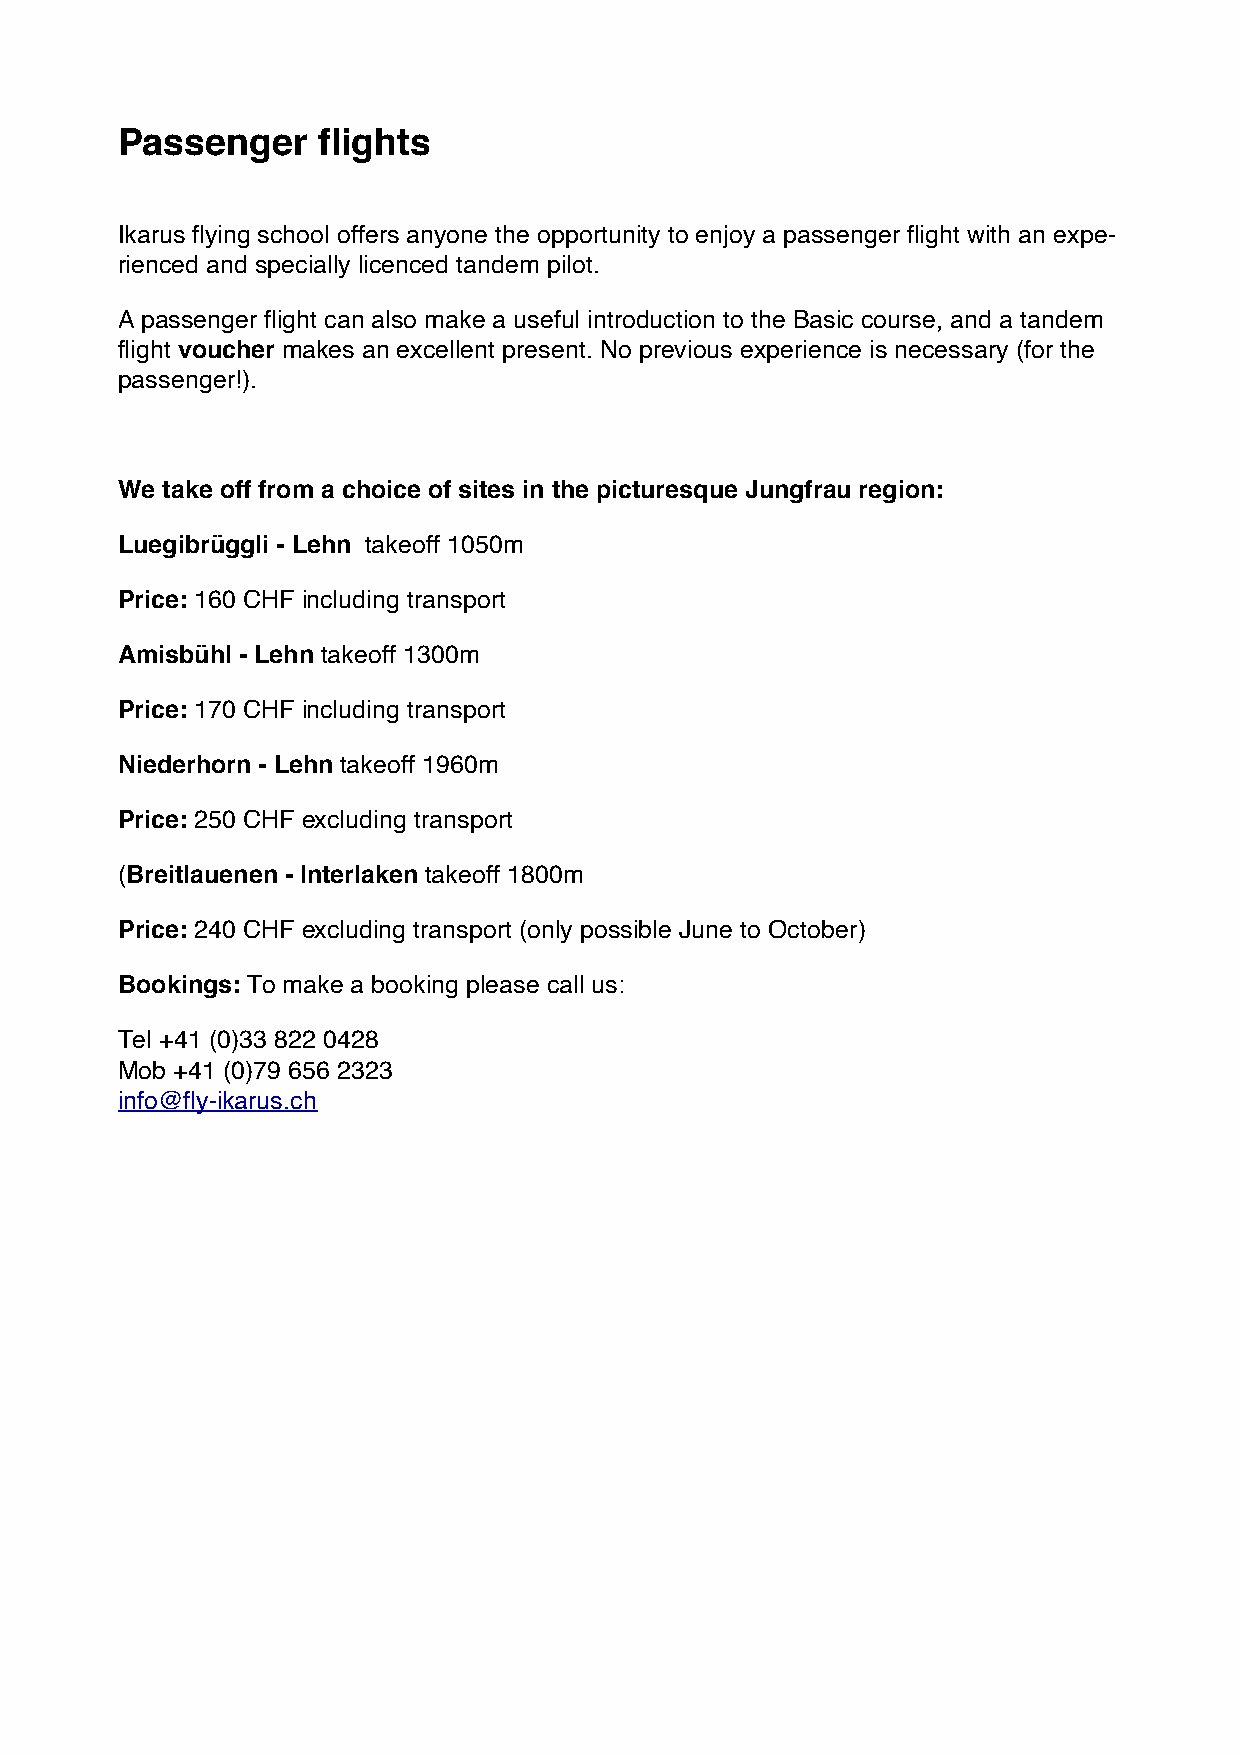
Passenger    flights
 Ikarus flying school offers anyone the opportunity to enjoy a passenger flight with an expe-
 rienced and specially licenced tandem pilot.
 A passenger flight can also make a useful introduction to the Basic course, and a tandem
 flight voucher makes an excellent present. No previous experience is necessary (for the
 passenger!).
 We take off from a choice of sites in the picturesque Jungfrau region:
 Luegibrüggli - Lehn takeoff 1050m
 Price: 160 CHF including transport
 Amisbühl - Lehn takeoff 1300m
 Price: 170 CHF including transport
 Niederhorn - Lehn takeoff 1960m
 Price: 250 CHF excluding transport
 (Breitlauenen - Interlaken takeoff 1800m
 Price: 240 CHF excluding transport (only possible June to October)
 Bookings: To make a booking please call us:
 Tel +41 (0)33 822 0428
 Mob +41 (0)79 656 2323
 info@fly-ikarus.ch